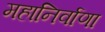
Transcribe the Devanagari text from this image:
महानिर्वाणा